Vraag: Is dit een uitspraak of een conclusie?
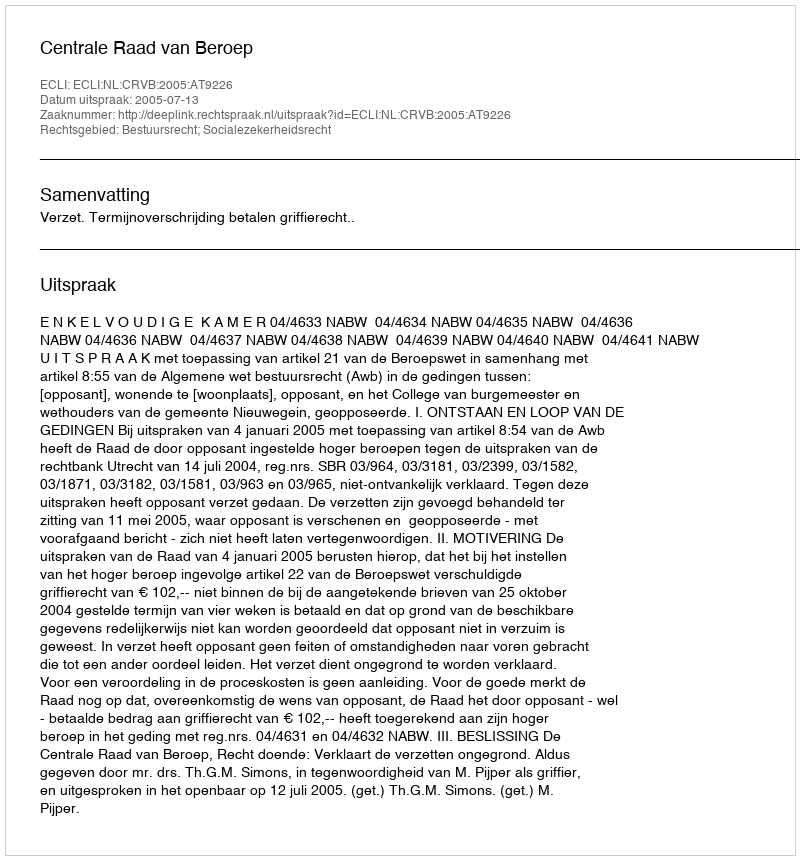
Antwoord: Uitspraak